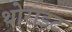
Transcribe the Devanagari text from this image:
थोराइट